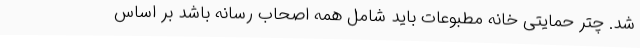
شد. چتر حمایتی خانه مطبوعات باید شامل همه اصحاب رسانه باشد بر اساس